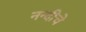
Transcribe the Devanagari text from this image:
नन्दीचे